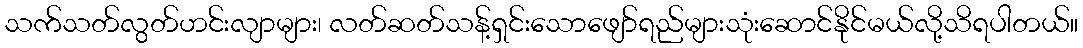
သက်သတ်လွတ်ဟင်းလျာများ၊ လတ်ဆတ်သန့်ရှင်းသောဖျော်ရည်များသုံးဆောင်နိုင်မယ်လို့သိရပါတယ်။